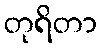
တုရိတာ